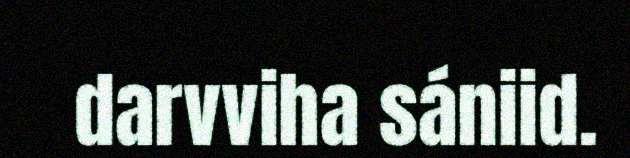
darvviha sániid.